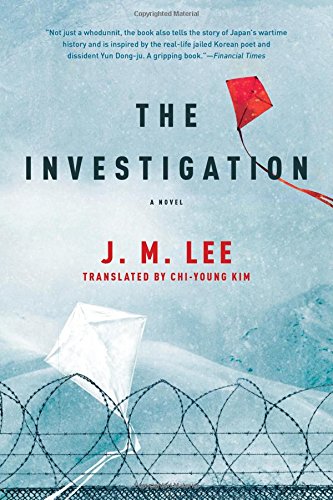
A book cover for The Investigation: A Novel; J. M. Lee; Literature & Fiction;